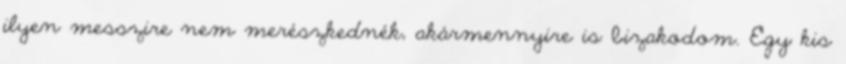
ilyen messzire nem merészkednék, akármennyire is bizakodom. Egy kis